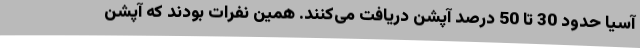
آسیا حدود 30 تا 50 درصد آپشن دریافت می‌کنند. همین نفرات بودند که آپشن